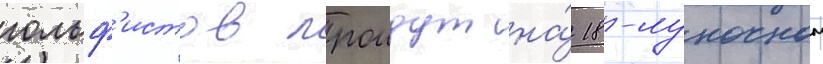
гольф'истов проидут на́ 18-луночном